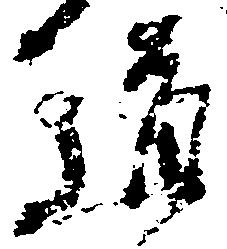
道